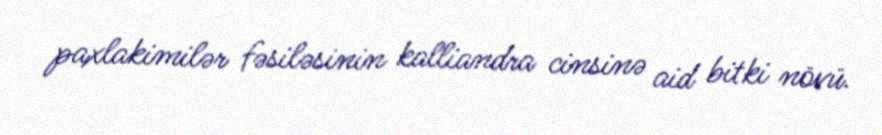
paxlakimilər fəsiləsinin kalliandra cinsinə aid bitki növü.